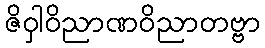
ဇိဝှါဝိညာဏဝိညာတဗ္ဗာ